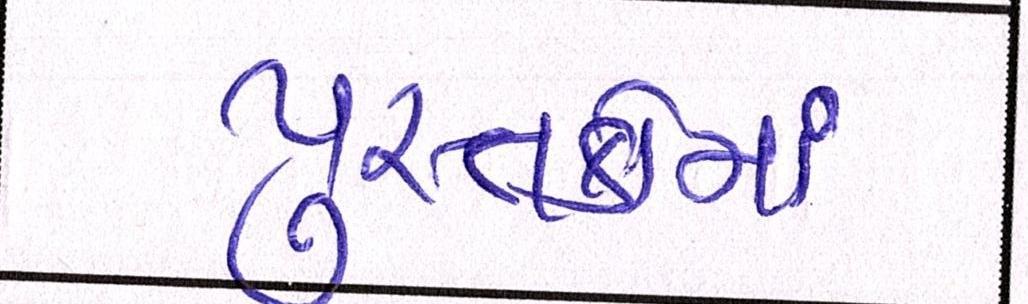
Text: પુસ્તકોમાં